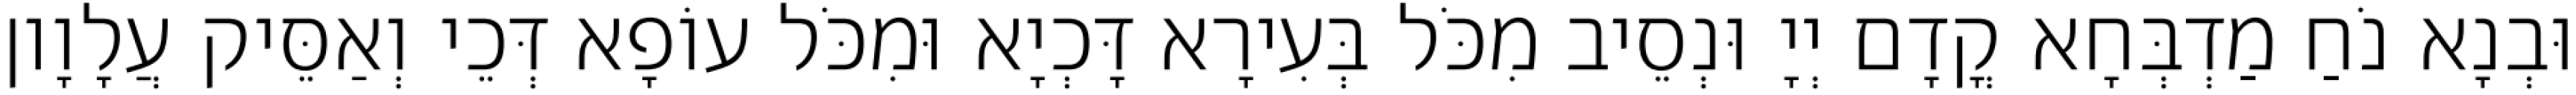
וּבְנָא נֹחַ מַדְבְּחָא קֳדָם יְיָ וּנְסֵיב מִכֹּל בְּעִירָא דָּכְיָא וּמִכֹּל עוֹפָא דְּכֵי וְאַסֵּיק עֲלָוָון